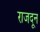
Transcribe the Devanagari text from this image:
राजदून